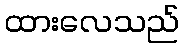
ထားလေသည်